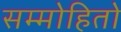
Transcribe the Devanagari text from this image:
सम्मोहितो